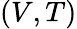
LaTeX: (V,T)